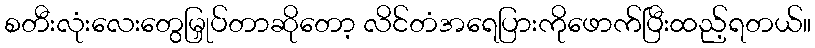
စတီးလုံးလေးတွေမြှုပ်တာဆိုတော့ လိင်တံအရေပြားကိုဖောက်ပြီးထည့်ရတယ်။